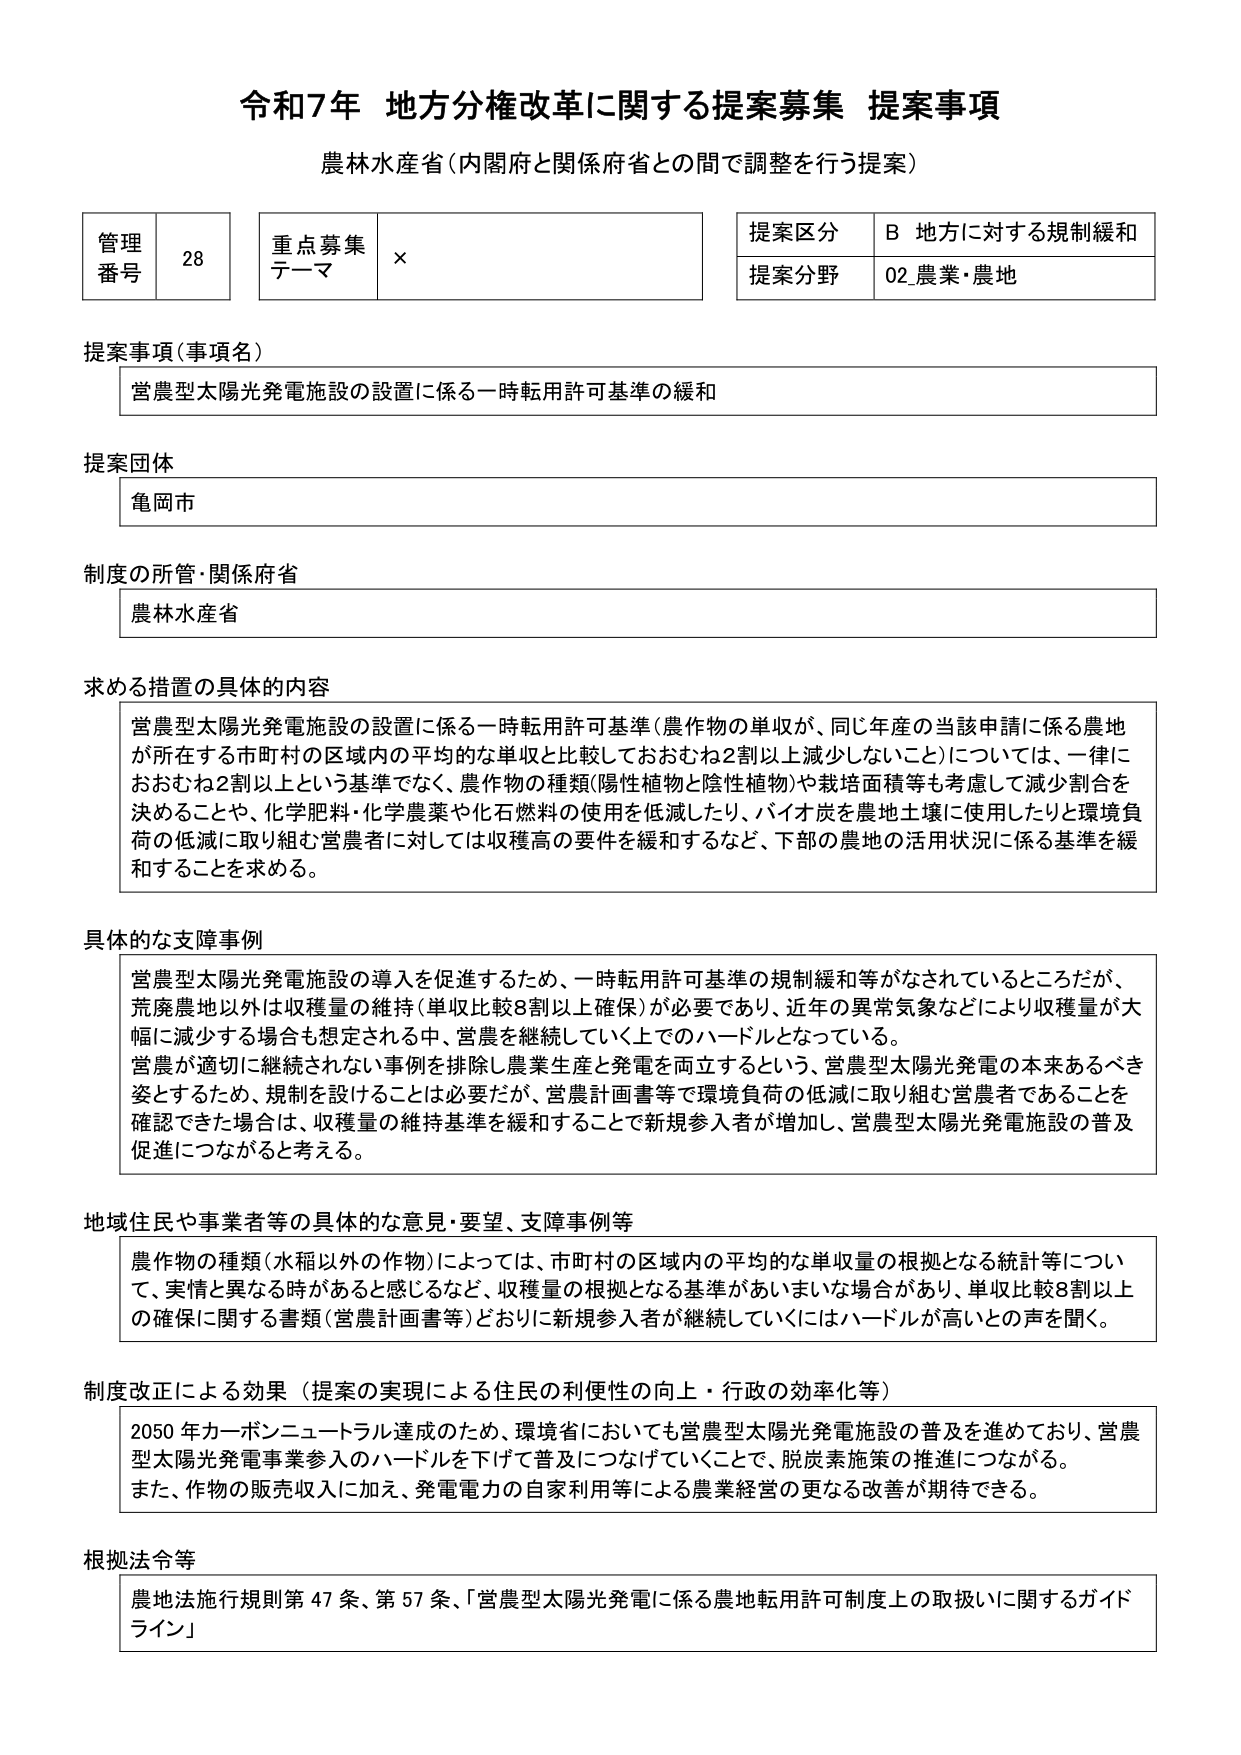
令和7年 地方分権改革に関する提案募集 提案事項
農林水産省（内閣府と関係府省との間で調整を行う提案）

管理番号 28
重点募集テーマ ×
提案区分 B 地方に対する規制緩和
提案分野 02 農業・農地

提案事項（事項名）
営農型太陽光発電施設の設置に係る一時転用許可基準の緩和

提案団体
亀岡市

制度の所管・関係府省
農林水産省

求める措置の具体的内容
営農型太陽光発電施設の設置に係る一時転用許可基準（農作物の単収が、同年年産の当該申請に係る農地が所在する市町村の区域内の平均的な単収と比較しておおむね2割以上減少しないこと）については、一律におおむね2割以上という基準でなく、農作物の種類（陽性植物と陰性植物）や栽培面積等も考慮して減少割合を決めることや、化学肥料・化学農薬や化石燃料の使用を低減したり、バイオ炭を農地土壌に使用したりと環境負荷の低減に取り組む営農者に対しては収穫高の要件を緩和するなど、下部の農地の活用状況に係る基準を緩和することを求める。

具体的な支障事例
営農型太陽光発電施設の導入を促進するため、一時転用許可基準の規制緩和等がなされているところだが、荒廃農地以外は収穫量の維持（単収比較8割以上確保）が必要であり、近年の異常気象などにより収穫量が大幅に減少する場合も想定される中、営農を継続していく上でのハードルとなっている。
営農が適切に継続されない事例を排除し農業生産と発電を両立するという、営農型太陽光発電の本来あるべき姿とするため、規制を設けることは必要だが、営農計画書等で環境負荷の低減に取り組む営農者であることを確認できた場合は、収穫量の維持基準を緩和することで新規参入者が増加し、営農型太陽光発電施設の普及促進につながると考える。

地域住民や事業者等の具体的な意見・要望、支障事例等
農作物の種類（水稲以外の作物）によっては、市町村の区域内の平均的な単収量の根拠となる統計等について、実情と異なる時があると感じるなど、収穫量の根拠となる基準があいまいな場合があり、単収比較8割以上確保に関する書類（営農計画書等）どおりに新規参入者が継続していくにはハードルが高いとの声を聞く。

制度改正による効果（提案の実現による住民の利便性の向上・行政の効率化等）
2050年カーボンニュートラル達成のため、環境省においても営農型太陽光発電施設の普及を進めており、営農型太陽光発電事業参入のハードルを下げて普及につなげていくことで、脱炭素施策の推進につながる。
また、作物の販売収入に加え、発電電力の自家利用等による農業経営の更なる改善が期待できる。

根拠法令等
農地法施行規則第47条、第57条、「営農型太陽光発電に係る農地転用許可制度上の取扱いに関するガイドライン」